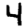
Digit: 4